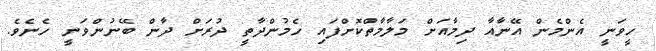
ހީވަނީ އެންމެން އޭނާއާ ދިމާއަށް މަލާމާތްކޮށްފައި ހެމުންދާތީ ދުރަށް ދާން ބޭނުންވަނީ ހެެނެވެ.